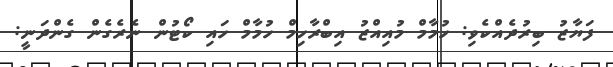
ފަޔާޒު ބިރުދެއްކެވި: ހުމާމް މުއިއްޒު އިބްރާހިމް ހުމާމް ހައި ކޯޓުން ނެރެގެން ގެންދަނީ: